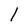
Character: l